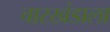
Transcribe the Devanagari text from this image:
चारखंडाला